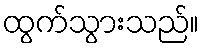
ထွက်သွားသည်။